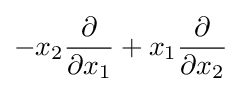
-x_{2}{\frac {\partial }{\partial x_{1}}}+x_{1}{\frac {\partial }{\partial x_{2}}}